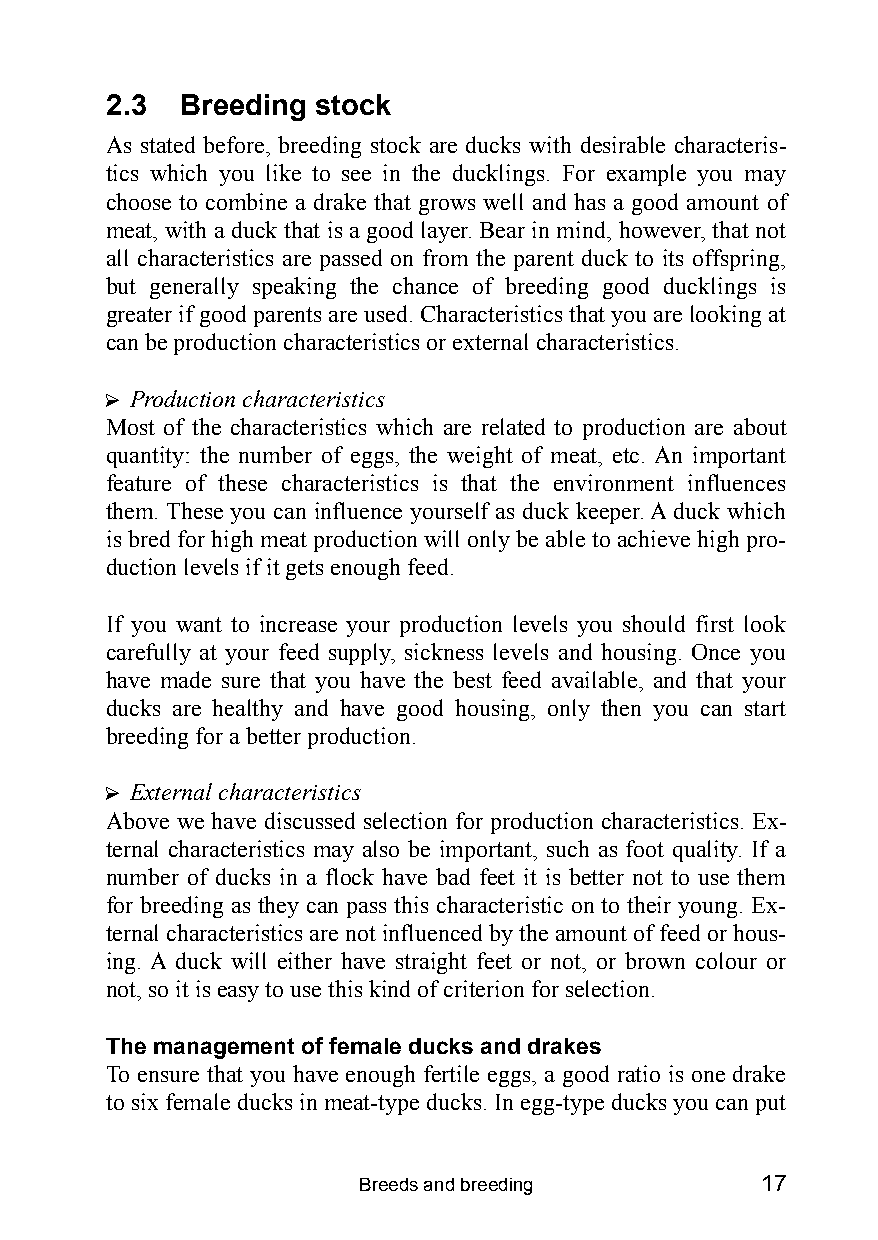
2.3  Breeding stock
 As stated before, breeding stock are ducks with desirable characteris-
 tics which you like to see in the ducklings. For example you may
 choose to combine a drake that grows well and has a good amount of
 meat, with a duck that is a good layer. Bear in mind, however, that not
 all characteristics are passed on from the parent duck to its offspring,
 but generally speaking the chance of breeding good ducklings is
 greater if good parents are used. Characteristics that you are looking at
 can be production characteristics or external characteristics.
 ? Production characteristics
 Most of the characteristics which are related to production are about
 quantity: the number of eggs, the weight of meat, etc. An important
 feature of these characteristics is that the environment influences
 them. These you can influence yourself as duck keeper. A duck which
 is bred for high meat production will only be able to achieve high pro-
 duction levels if it gets enough feed.
 If you want to increase your production levels you should first look
 carefully at your feed supply, sickness levels and housing. Once you
 have made sure that you have the best feed available, and that your
 ducks are healthy and have good housing, only then you can start
 breeding for a better production.
 ? External characteristics
 Above we have discussed selection for production characteristics. Ex-
 ternal characteristics may also be important, such as foot quality. If a
 number of ducks in a flock have bad feet it is better not to use them
 for breeding as they can pass this characteristic on to their young. Ex-
 ternal characteristics are not influenced by the amount of feed or hous-
 ing. A duck will either have straight feet or not, or brown colour or
 not, so it is easy to use this kind of criterion for selection.
 The management of female ducks and drakes
 To ensure that you have enough fertile eggs, a good ratio is one drake
 to six female ducks in meat-type ducks. In egg-type ducks you can put
 Breeds and breeding       17